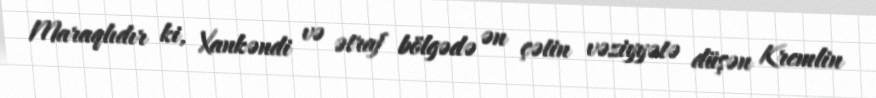
Maraqlıdır ki, Xankəndi və ətraf bölgədə ən çətin vəziyyətə düşən Kremlin